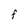
Character: F